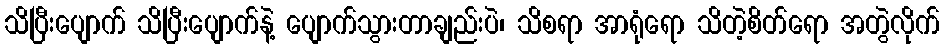
သိပြီးပျောက် သိပြီးပျောက်နဲ့ ပျောက်သွားတာချည်းပဲ၊ သိစရာ အာရုံရော သိတဲ့စိတ်ရော အတွဲလိုက်